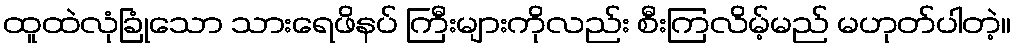
ထူထဲလုံခြုံသော သားရေဖိနပ် ကြီးများကိုလည်း စီးကြလိမ့်မည် မဟုတ်ပါတဲ့။